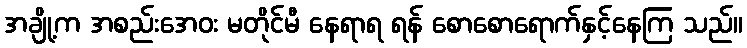
အချို့က အစည်းအေဝး မတိုင်မီ နေရာရ ရန် စောစောရောက်နှင့်နေကြ သည်။